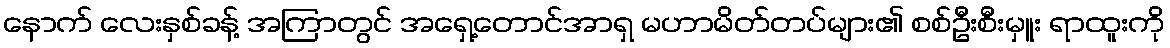
နောက် လေးနှစ်ခန့် အကြာတွင် အရှေ့တောင်အာရှ မဟာမိတ်တပ်များ၏ စစ်ဦးစီးမှူး ရာထူးကို